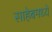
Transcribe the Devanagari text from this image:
साहेबमध्ये